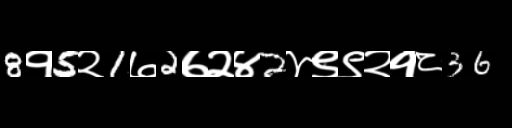
Text: 8१5२1७2७२४2४९९२१८36